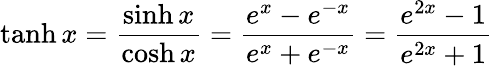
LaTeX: \operatorname{tanh}x={\frac{\sinh x}{\cosh x}}={\frac{e^{x}-e^{-x}}{e^{x}+e^{-x}}}={\frac{e^{2x}-1}{e^{2x}+1}}